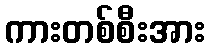
ကားတစ်စီးအား